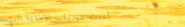
أحدث موديلات الأحذية الري